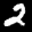
Label: 2